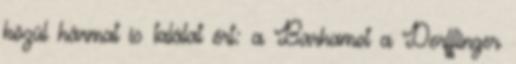
közül hármat is találat ért: a Barhamot a Derfflinger